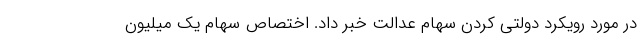
در مورد رویکرد دولتی کردن سهام عدالت خبر داد. اختصاص سهام یک میلیون